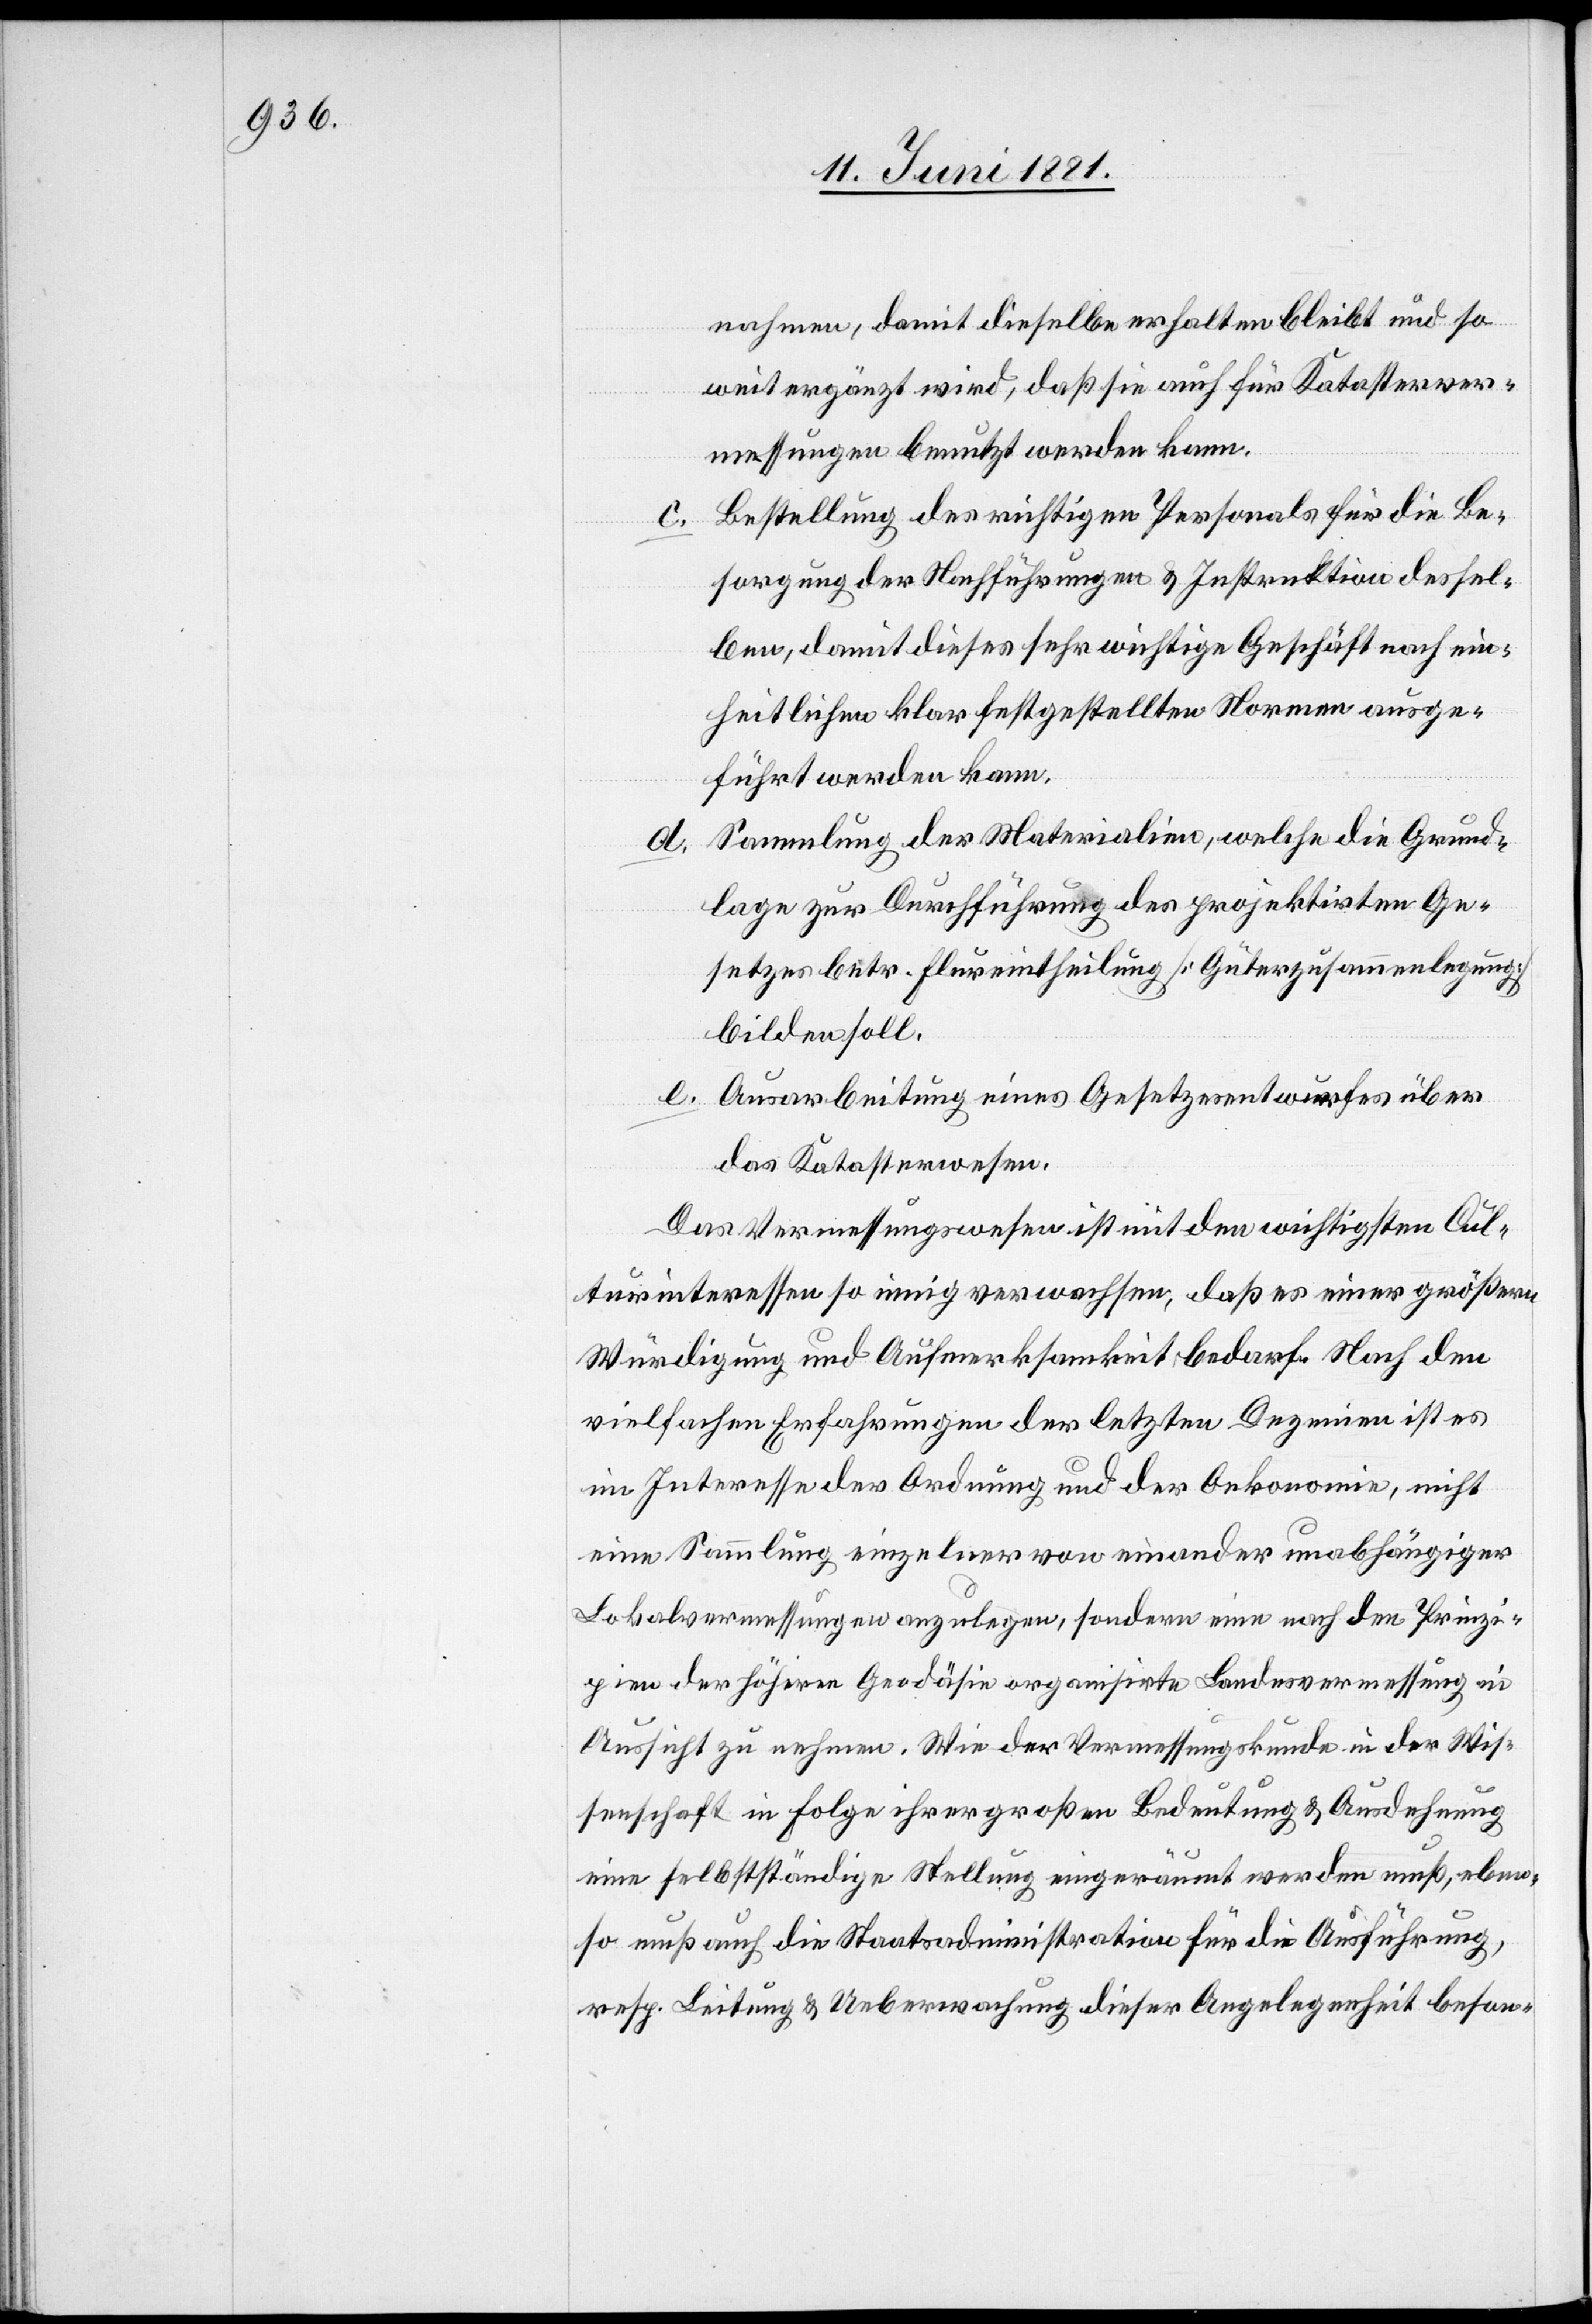
nahmen, damit dieselbe erhalten bleibt und so¬
weit ergänzt wird, daß sie auch für Katasterver¬
messungen benutzt werden kann.
Bestellung des richtigen Personals für die Be¬
sorgung der Nachführungen & Instruktion dessel¬
ben, damit dieses sehr wichtige Geschäft nach ein¬
heitlichen klar festgestellten Normen ausge¬
führt werden kann.
Sammlung der Materialien, welche die Grund¬
lage zur Durchführung des projektirten Ge¬
setzes betr. Flureintheilung [Güterzusammenlegung]
bilden soll.
e.
Ausarbeitung eines Gesetzesentwurfes über
das Katasterwesen.
Das Vermessungswesen ist mit den wichtigsten Cul¬
turinteressen so einig verwachsen, daß es einer größern
Würdigung und Aufmerksamkeit bedarf. Nach den
vielfachen Erfahrungen der letzten Dezenien ist es
im Interesse der Ordnung und der Oekonomie, nicht
eine Sammlung einzelner von einander unabhängiger
Lokalvermessungen anzulegen, sondern eine nach den Prinzi¬
pien der höheren Geodäsie organisirte Landesvermessung in
Aussicht zu nehmen. Wie der Vermessungskunde in der Wis¬
senschaft in Folge ihrer großen Bedeutung & Ausdehnung
eine selbstständige Stellung eingeräumt werden muß, eben¬
so muß auch die Staatsadministration für die Ausführung,
resp. Leitung & Ueberwachung dieser Angelegenheit beson-